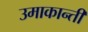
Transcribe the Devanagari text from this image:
उमाकान्‍ती